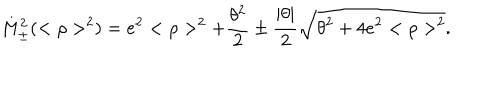
LaTeX: M _ { \pm } ^ { 2 } ( < \rho > ^ { 2 } ) = e ^ { 2 } < \rho > ^ { 2 } + \frac { \theta ^ { 2 } } { 2 } \pm \frac { | \theta | } { 2 } \sqrt { \theta ^ { 2 } + 4 e ^ { 2 } < \rho > ^ { 2 } } .